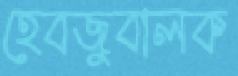
হেবজুবালক